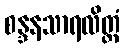
စန္ဒနသာရလိတ္တံ